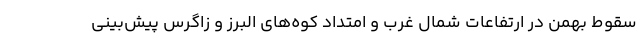
سقوط بهمن در ارتفاعات شمال غرب و امتداد کوه‌های البرز و زاگرس پیش‌بینی